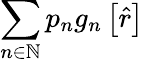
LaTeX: \sum_{n\in\mathbb{N}}p_{n}g_{n}\left[\hat{r}\right]